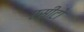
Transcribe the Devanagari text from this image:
एसीटो